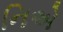
નિએ